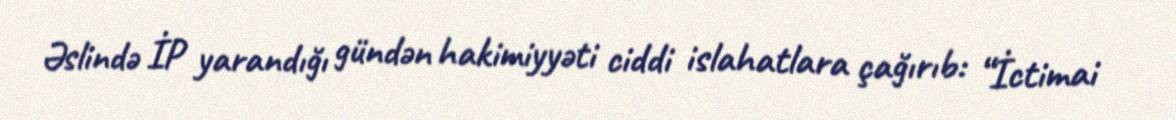
Əslində İP yarandığı gündən hakimiyyəti ciddi islahatlara çağırıb: “İctimai